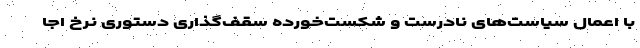
با اعمال سیاست‌‌های نادرست و شکست‌خورده سقف‌‌گذاری دستوری نرخ اجا